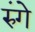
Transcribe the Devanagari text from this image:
रुंगे